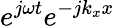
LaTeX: {e^{j\omega t}}{e^{-j{k_{x}}x}}